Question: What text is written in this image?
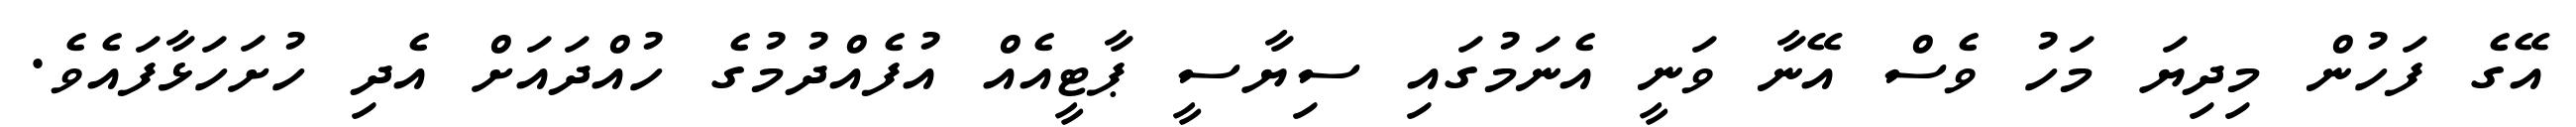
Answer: އޭގެ ފަހުން މިދިޔަ މަހު ވެސް އޭނާ ވަނީ އެނަމުގައި ސިޔާސީ ޕާޓީއެއް އުފެއްދުމުގެ ހުއްދައަށް އެދި ހުށަހަޅާފައެވެ.